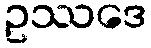
ဥဿဒေ